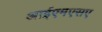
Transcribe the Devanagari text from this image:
आईएमएसए